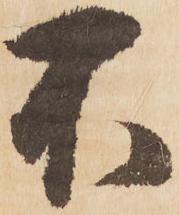
不